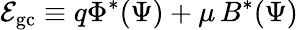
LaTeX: {\cal E}_{\mathrm{gc}}\equiv q\Phi^{*}(\Psi)+\mu\, B^{*}(\Psi)